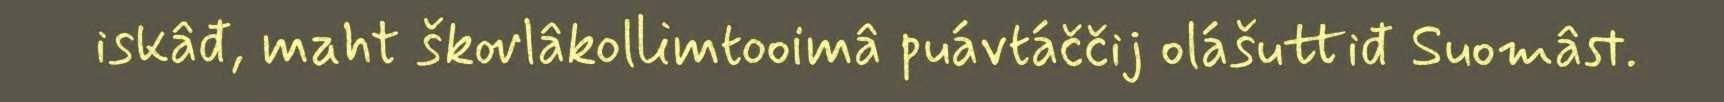
iskâđ, maht škovlâkollimtooimâ puávtáččij olášuttiđ Suomâst.